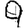
Digit: 9